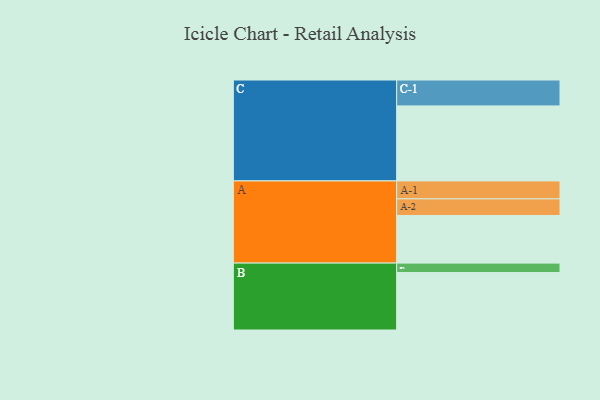
{"axis": {"x": "Segment", "y": "Value"}, "legend": ["", "A", "B", "C"], "data": [{"x": "A", "y": 364, "type": ""}, {"x": "B", "y": 439, "type": ""}, {"x": "C", "y": 573, "type": ""}, {"x": "A-1", "y": 137, "type": "A"}, {"x": "A-2", "y": 127, "type": "A"}, {"x": "B-1", "y": 72, "type": "B"}, {"x": "C-1", "y": 198, "type": "C"}]}